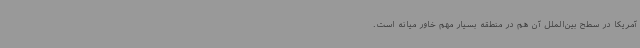
آمریکا در سطح بین‌الملل آن هم در منطقه بسیار مهم خاور میانه است‌.